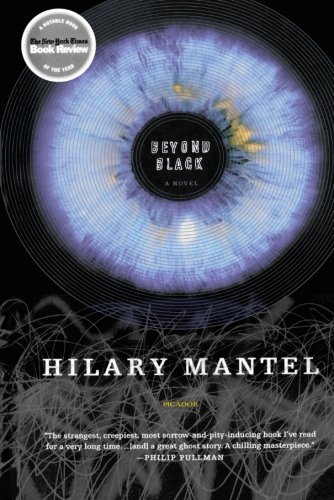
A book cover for Beyond Black: A Novel; Hilary Mantel; Literature & Fiction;